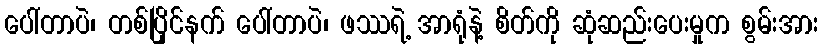
ပေါ်တာပဲ၊ တစ်ပြိုင်နက် ပေါ်တာပဲ၊ ဖဿရဲ့ အာရုံနဲ့ စိတ်ကို ဆုံဆည်းပေးမှုက စွမ်းအား